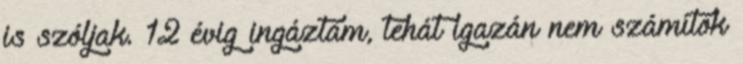
is szóljak. 12 évig ingáztam, tehát igazán nem számítok